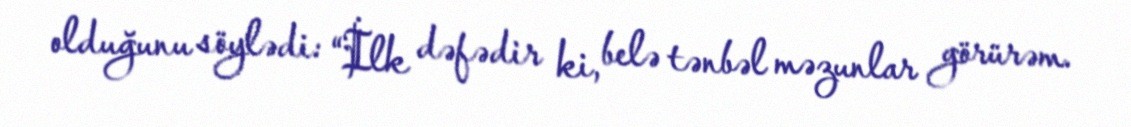
olduğunu söylədi: “İlk dəfədir ki, belə tənbəl məzunlar görürəm.